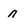
Character: n